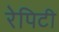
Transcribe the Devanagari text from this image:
रेपिटी